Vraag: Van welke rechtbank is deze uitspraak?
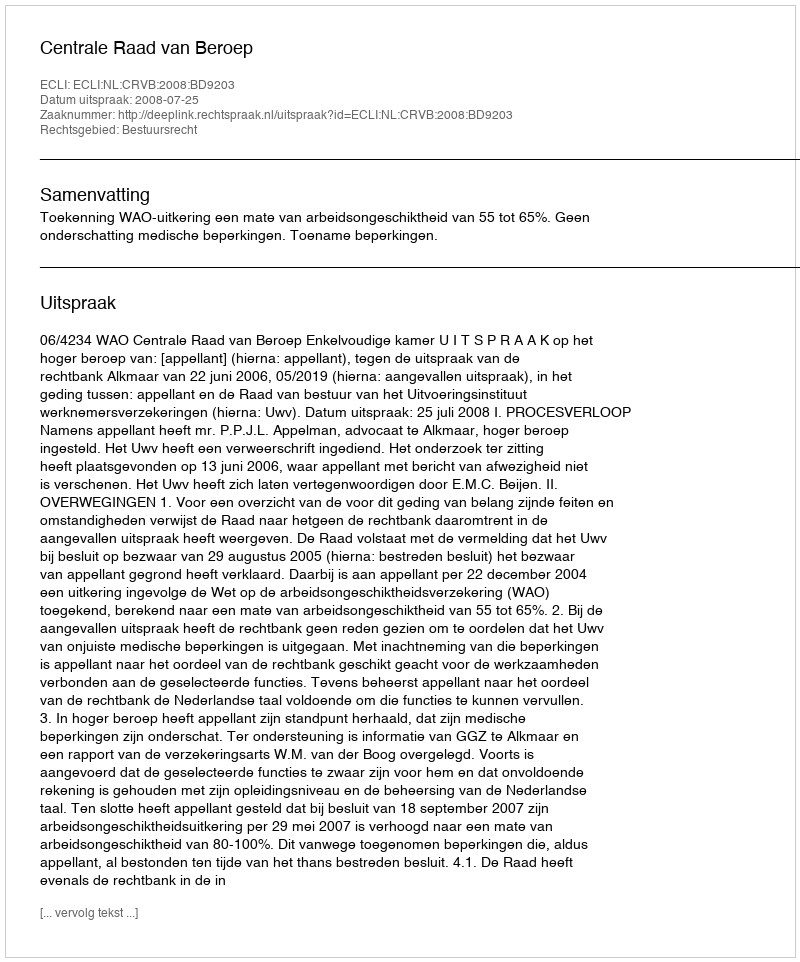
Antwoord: Centrale Raad van Beroep